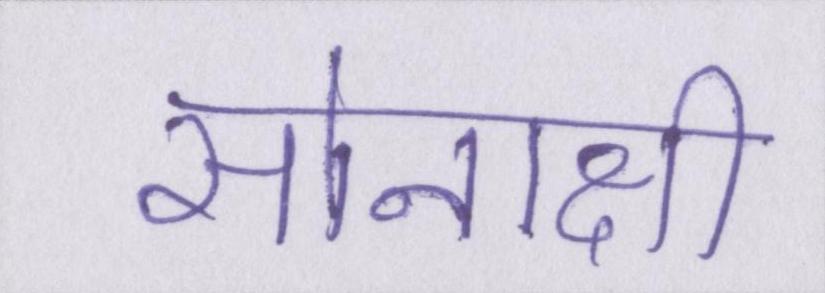
सोनाक्षी